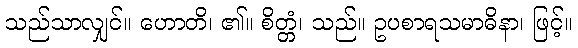
သည်သာလျှင်။ ဟောတိ၊ ၏။ စိတ္တံ၊ သည်။ ဥပစာရသမာဓိနာ၊ ဖြင့်။